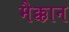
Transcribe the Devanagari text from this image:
मैक्कान